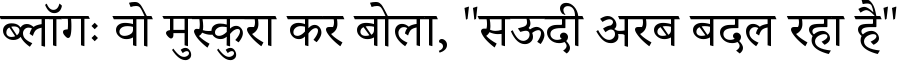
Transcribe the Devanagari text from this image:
ब्लॉगः वो मुस्कुरा कर बोला, "सऊदी अरब बदल रहा है"